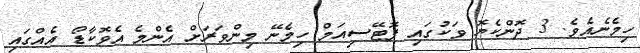
ހިމެނެއެވެ. 3 ދޮންކެޔޮ ވަކުގައި ޕޮޓޭސިއަމް ހިމެނޭ މިންވަރަށް އެންމެ އެވޮކާޑޯ އެއްގައި